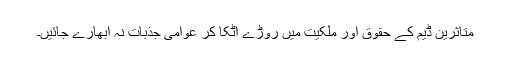
متاثرین ڈیم کے حقوق اور ملکیت میں روڑے اٹکا کر عوامی جذبات نہ ابھارے جائیں۔